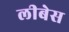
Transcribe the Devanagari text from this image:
लीबेस